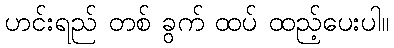
ဟင်းရည် တစ် ခွက် ထပ် ထည့်ပေးပါ။